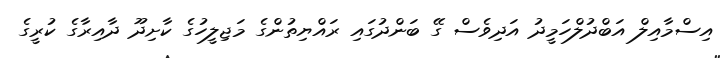
އިސްމާއިލް އަބްދުލްހަމީދު އަދިވެސް ގޭ ބަންދުގައި ރައްޔިތުންގެ މަޖިލީހުގެ ކާށިދޫ ދާއިރާގެ ކުރީގެ